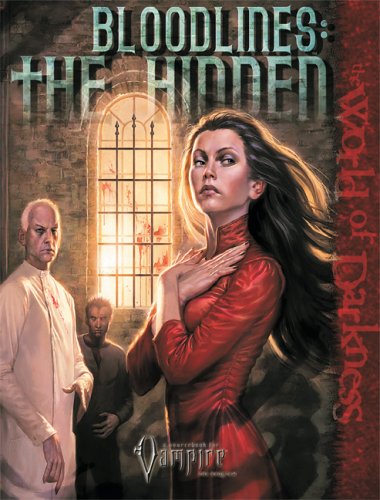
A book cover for Bloodlines: The Hidden (Vampire: The Requiem); John Goff; Science Fiction & Fantasy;